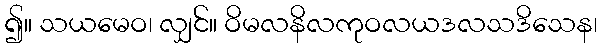
၍။ သယမေဝ၊ လျှင်။ ဝိမလနိလကုဝလယဒလသဒိသေန၊